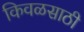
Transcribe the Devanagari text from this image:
किवळसाठी